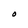
Character: O